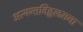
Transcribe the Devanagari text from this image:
अत्यन्तविह्वलमना